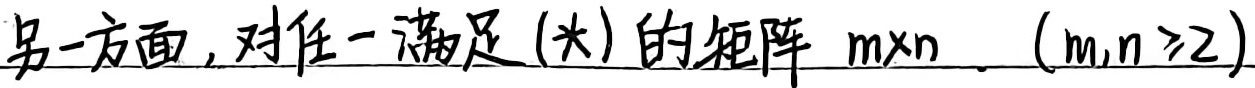
另一方面，对任一满足 (*) 的 \(m\times n\) 矩阵 \((m,n\geq2)\)